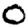
Digit: 0